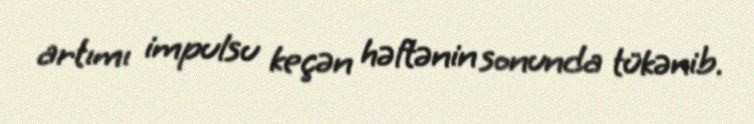
artımı impulsu keçən həftənin sonunda tükənib.